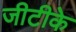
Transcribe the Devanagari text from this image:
जीटीके